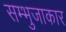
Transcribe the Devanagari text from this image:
सम्भुजाकार